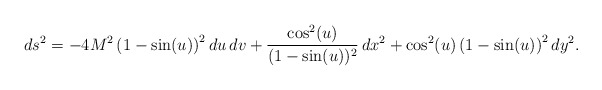
\begin{align*}ds^2 = - 4 M^2\, {{\left( 1 - \sin (u) \right)}^2}\,du\,dv + {{\cos^2 (u)}\over {(1 - \sin (u)})^2}\,dx^2+ {{{\cos^2 (u)}}\,{\left( 1 - \sin (u) \right)}^2}\,dy^2.\end{align*}